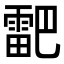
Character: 𮦞